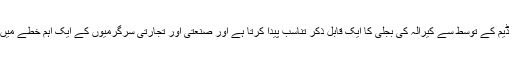
یہ اڈوکی ڈیم کے توسط سے کیرالہ کی بجلی کا ایک قابل ذکر تناسب پیدا کرتا ہے اور صنعتی اور تجارتی سرگرمیوں کے ایک اہم خطے میں بہتا ہے۔